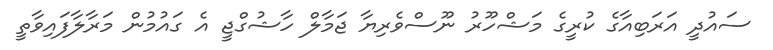
ސައުދީ އަރަބިއާގެ ކުރީގެ މަޝްހޫރު ނޫސްވެރިޔާ ޖަމާލް ހާޝުގްޖީ އެ ގައުމުން މަރާލާފައިވާތީ